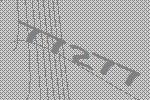
77277